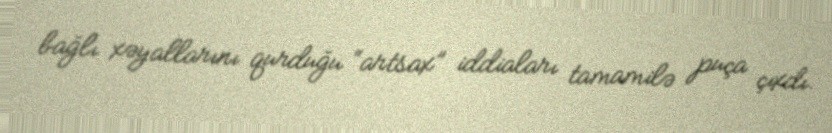
bağlı xəyallarını qurduğu “artsax” iddiaları tamamilə puça çıxdı.